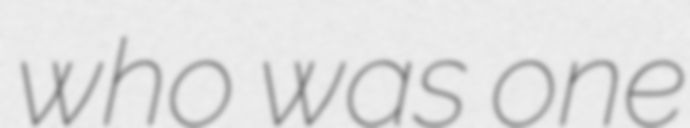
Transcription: who was one